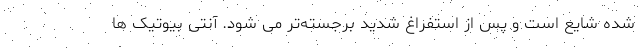
شده شایع است و پس از استفراغ شدید برجسته‌تر می شود. آنتی بیوتیک ها